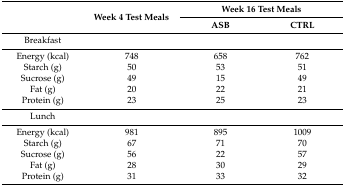
<table><thead><tr><td rowspan="2"></td><td rowspan="2"><b>Week 4 Test Meals</b></td><td colspan="2"><b>Week 16 Test Meals</b></td></tr><tr><td><b>ASB</b></td><td><b>CTRL</b></td></tr></thead><tbody><tr><td>Breakfast</td><td></td><td></td><td></td></tr><tr><td>Energy (kcal)</td><td>748</td><td>658</td><td>762</td></tr><tr><td>Starch (g)</td><td>50</td><td>53</td><td>51</td></tr><tr><td>Sucrose (g)</td><td>49</td><td>15</td><td>49</td></tr><tr><td>Fat (g)</td><td>20</td><td>22</td><td>21</td></tr><tr><td>Protein (g)</td><td>23</td><td>25</td><td>23</td></tr><tr><td>Lunch</td><td></td><td></td><td></td></tr><tr><td>Energy (kcal)</td><td>981</td><td>895</td><td>1009</td></tr><tr><td>Starch (g)</td><td>67</td><td>71</td><td>70</td></tr><tr><td>Sucrose (g)</td><td>56</td><td>22</td><td>57</td></tr><tr><td>Fat (g)</td><td>28</td><td>30</td><td>29</td></tr><tr><td>Protein (g)</td><td>31</td><td>33</td><td>32</td></tr></tbody></table>